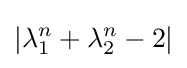
|\lambda _{1}^{n}+\lambda _{2}^{n}-2|